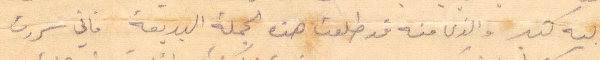
اليه كثيرًا والذي منه قد طلعت هذه الجملة البديعة. فاني سررت